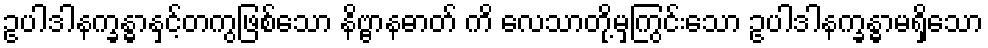
ဥပါဒါနက္ခန္ဓာနှင့်တကွဖြစ်သော နိဗ္ဗာနဓာတ် ကိ လေသာတို့မှကြွင်းသော ဥပါဒါနက္ခန္ဓာမရှိသော